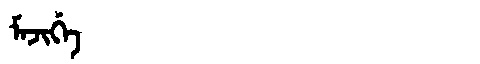
Manchu: ᠮᠠᠵᡳᡤᡝ
Romanization: MAJIGE